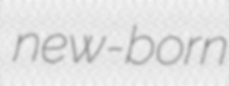
new-born